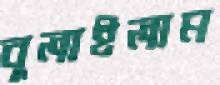
বুলাইলাম